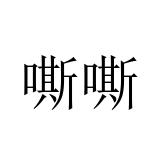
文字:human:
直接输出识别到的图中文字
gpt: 嘶嘶